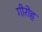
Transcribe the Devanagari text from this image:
गीरोह